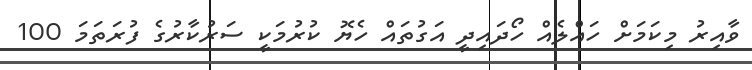
ވާއިރު މިކަމަށް ހައްލެއް ހޯދައިދީ އަގުތައް ހެޔޮ ކުރުމަކީ ސަރުކާރުގެ ފުރަތަމަ 100